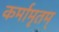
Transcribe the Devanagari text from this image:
कर्मामृतम्